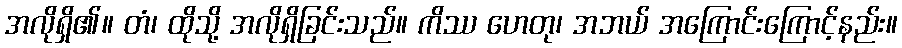
အလိုရှိ၏။ တံ၊ ထိုသို့ အလိုရှိခြင်းသည်။ ကိဿ ဟေတု၊ အဘယ် အကြောင်းကြောင့်နည်း။